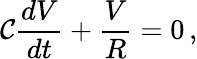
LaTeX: \mathcal{C}{\frac{{dV}}{{dt}}}+{\frac{{V}}{{R}}}=0\, ,